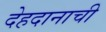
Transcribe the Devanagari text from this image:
देहदानाची